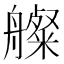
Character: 𦪫